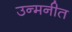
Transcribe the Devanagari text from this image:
उन्मनीत